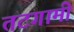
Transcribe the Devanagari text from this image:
तटगामी